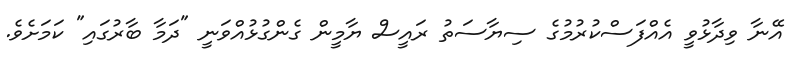
އޭނާ ވިދާޅުވީ އެއްފަސްކުރުމުގެ ސިޔާސަތު ރައީސް ޔާމީން ގެންގުޅުއްވަނީ "ދަމާ ބާރުގައި" ކަމަށެވެ.